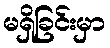
မရှိခြင်းမှာ